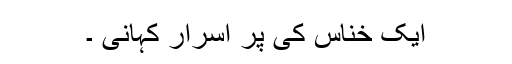
ایک خنّاس کی پر اسرار کہانی ۔